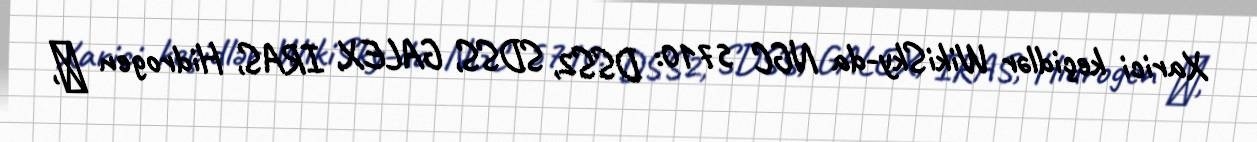
Xarici keçidlər WikiSky-da NGC 5710: DSS2, SDSS, GALEX, IRAS, Hidrogen α,